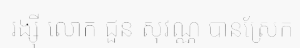
រង្ស៊ី លោក ជួន សុវណ្ណ បានស្រែក